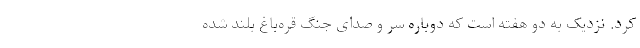
کرد. نزدیک به دو هفته است که دوباره سر و صدای جنگ قره‌باغ بلند شده